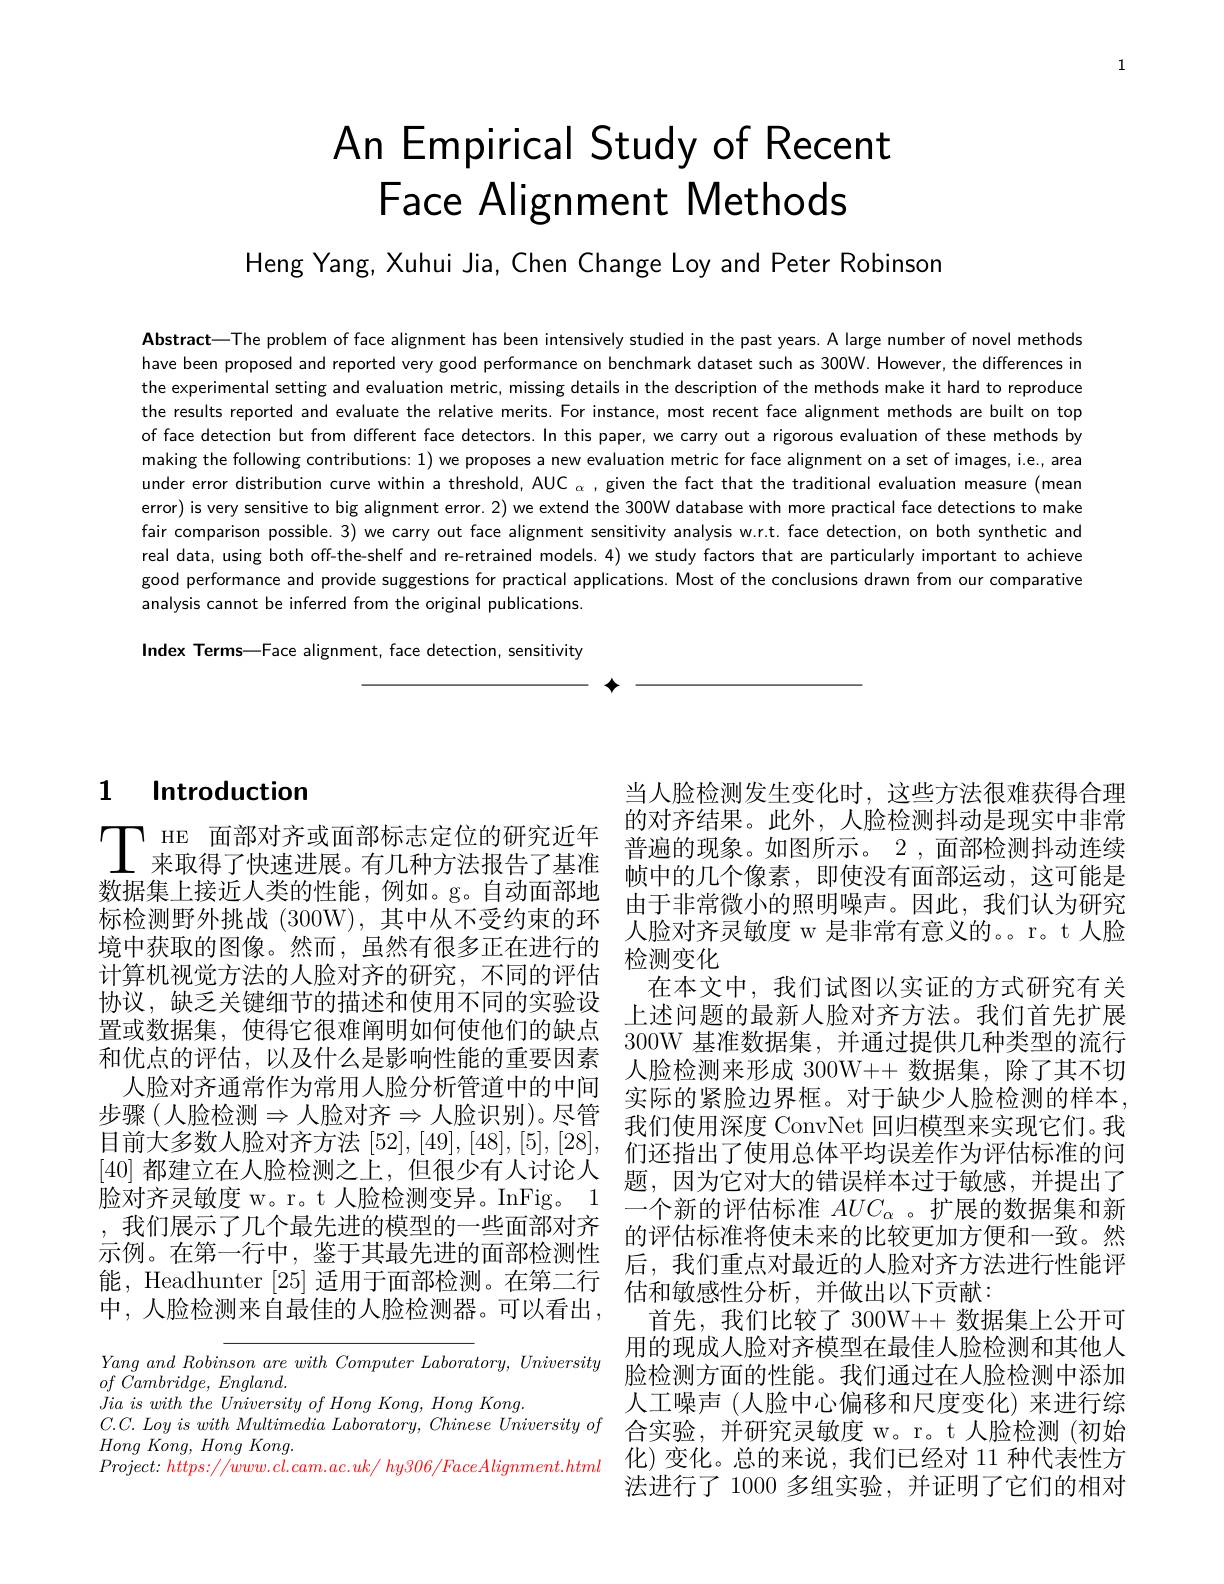
1

# An Empirical Study of Recent Face Alignment Methods

Heng Yang, Xuhui Jia, Chen Change Loy and Peter Robinson

Abstract—The problem of face alignment has been intensively studied in the past years. A large number of novel methods have been proposed and reported very good performance on benchmark dataset such as 300W. However, the differences in the experimental setting and evaluation metric, missing details in the description of the methods make it hard to reproduce the results reported and evaluate the relative merits. For instance, most recent face alignment methods are built on top of face detection but from different face detectors.In this paper, we carry out a rigorous evaluation of these methods by making the following contributions: 1) we proposes a new evaluation metric for face alignment on a set of images, i.e., area under error distribution curve within a threshold, AUC $_\alpha$, given the fact that the traditional evaluation measure (mean error) is very sensitive to big alignment error. 2) we extend the 300W database with more practical face detections to make fair comparison possible. 3) we carry out face alignment sensitivity analysis w.r.t. face detection, on both synthetic and real data, using both off-the-shelf and re-retrained models.4) we study factors that are particularly important to achieve good performance and provide suggestions for practical applications. Most of the conclusions drawn from our comparative analysis cannot be inferred from the original publications. Index Terms—Face alignment, face detection, sens

$\textbf{个 }$

# $\mathbf{1}$ $\mathbf{I}$ Introduction

$\prod_{\text{来取得了快速进展。有几种方法报告了基准}}^\text{ HE 面部对齐或面部标志定位的研究近年}$ 数据集上接近人类的性能，例如。g。自动面部地 由于非常微小的照明噪声。因此，我们认为研究标检测野外挑战(300W),其中从不受约束的环 人脸对齐灵敏度 w 是非常有意义的。r。t 人脸境中获取的图像。然而，虽然有很多正在进行的 检测变化
计 算 机 视 觉 方 法 的 人 脸 对 齐 的 研 究 , 不 同 的 评 估 在 本 文 中 , 我 们 试 图 以 实 证 的 方 式 研 究 有 关置或数据集，使得它很难阐明如何使他们的缺点$\begin{array}{ll}\text{上述问题的最新人脸对齐方法。我们首先扩展}\end{array}$ 和优点的评估，以及什么是影响性能的重要因素
人 脸 对 齐 通 常 作 为 常 用 人 脸 分 析 管 道 中 的 中 间 实 际 的 紧 脸 边 界 框 。对 于 缺 少 人 脸 检 测 的 样 本 , 步 骤 (人 脸 检 测 $\Rightarrow$ 人 脸 对 齐 $\Rightarrow$ 人 脸 识 别 ) 。尽 管 我 们 使 用 深 度 ConvNet 回 归 模 型 来 实 现 它 们 。我 目 前 大 多 数 人 脸 对 齐 方 法 [52],[49],[48],[5],[28], 幻 子 北 山 了 年 由 台 佐 平 始 与 主 作 并 证 生 涯 的 问[40] 都建立在人脸检测之上，但很少有人讨论人$\begin{array}{lllllllllllllllllllllll}&\text{们还指出了使用总体平均误差作为评估标准的问}\\&\text{ [40] 都建立在人脸检测之上，但很少有人讨论人}&\text{题，因为它对大的错误样本过于敏感，并提出了}\\&\text{脸对齐灵敏度 w。r。t人脸检测变异。InFig。1}&\text{个亲的评估标准 }AUC\end{array}$ 脸对齐灵敏度 w。r。t 人脸检测变异。InFig。1 一个新的评估标准$AUC_\alpha$ 。扩展, 我 们 展 示 了 几 个 最 先 进 的 模 型 的 一 些 面 部 对 齐 的 评 估 标 准 将 使 未 来 的 比 较 更 加 方 便 和 一 致 。然 , 我 们 展 示 了 几 个 最 先 进 的 模 型 的 一 些 面 部 对 齐 的 评 估 标 准 将 使 未 来 的 比 较 更 加 方 便 和 一 致 。然 示 例 。在 第 一 行 中 , 鉴 于 其 最 先 进 的 面 部 检 测 性 后 , 我 们 重 点 对 最 近 的 人 脸 对 齐 方 法 进 行 性 能 评 能 , Headhunter[ 25] 适 用 于 面 部 检 测 。在 第 二 行 估 和 敏 感 性 分 析 , 并 做 出 以 下 贡 献 : 中 , 人 脸 检 测 来 自 最 佳 的 人 脸 检 测 器 。可 以 看 出 , 首 先 垂 介 比 被 了 200Wil 数 据 集 上 公 开 可中，人脸检测来自最佳的人脸检测器。可以看出，首先，我们比较了 300W++ 数据集上公开可

Yang and Robinson are with Computer Laboratory
$of$ $Cambridge$, $England.$
$\textit{Jia is with the University of Hong Kong, Hong}$
Hong $Kong$, Hong $Kong.$
$Project:https://www.cl.cam.ac.uk/hy306/FaceAlig$

当人脸检测发生变化时，这些方法很难获得合理的对齐结果。此外，人脸检测抖动是现实中非常帧中的几个像素，即使没有面部运动，这可能是上述问题的最新人脸对齐方法。我们首先扩展人脸检测来形成 300W++ 数据集，除了其不切用的现成人脸对齐模型在最佳人脸检测和其他人脸检测方面的性能。我们通过在人脸检测中添加人工噪声(人脸中心偏移和尺度变化)来进行综
$C. C. Loy is with Multimedia Laboratory, Chinese University of$ 合 实 验 , 并 研 究 灵 敏 度 w。r。t人 脸 检 测 ( 初 始 $H_{\mathrm{Ona}}K_{\mathrm{Ona}} H_{\mathrm{Ona}} K_{\mathrm{Ona}} K_{\mathrm{Ona}} $合 实 验 , 并 研 究 灵 敏 度 w。r。t 人 脸 检 测 ( 初 始
化)变化。总的来说，我们已经对 11 种代表性方法进行了 1000 多组实验，并证明了它们的相对